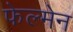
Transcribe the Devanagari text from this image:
फेल्मेन